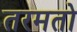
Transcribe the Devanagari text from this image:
तरमतो